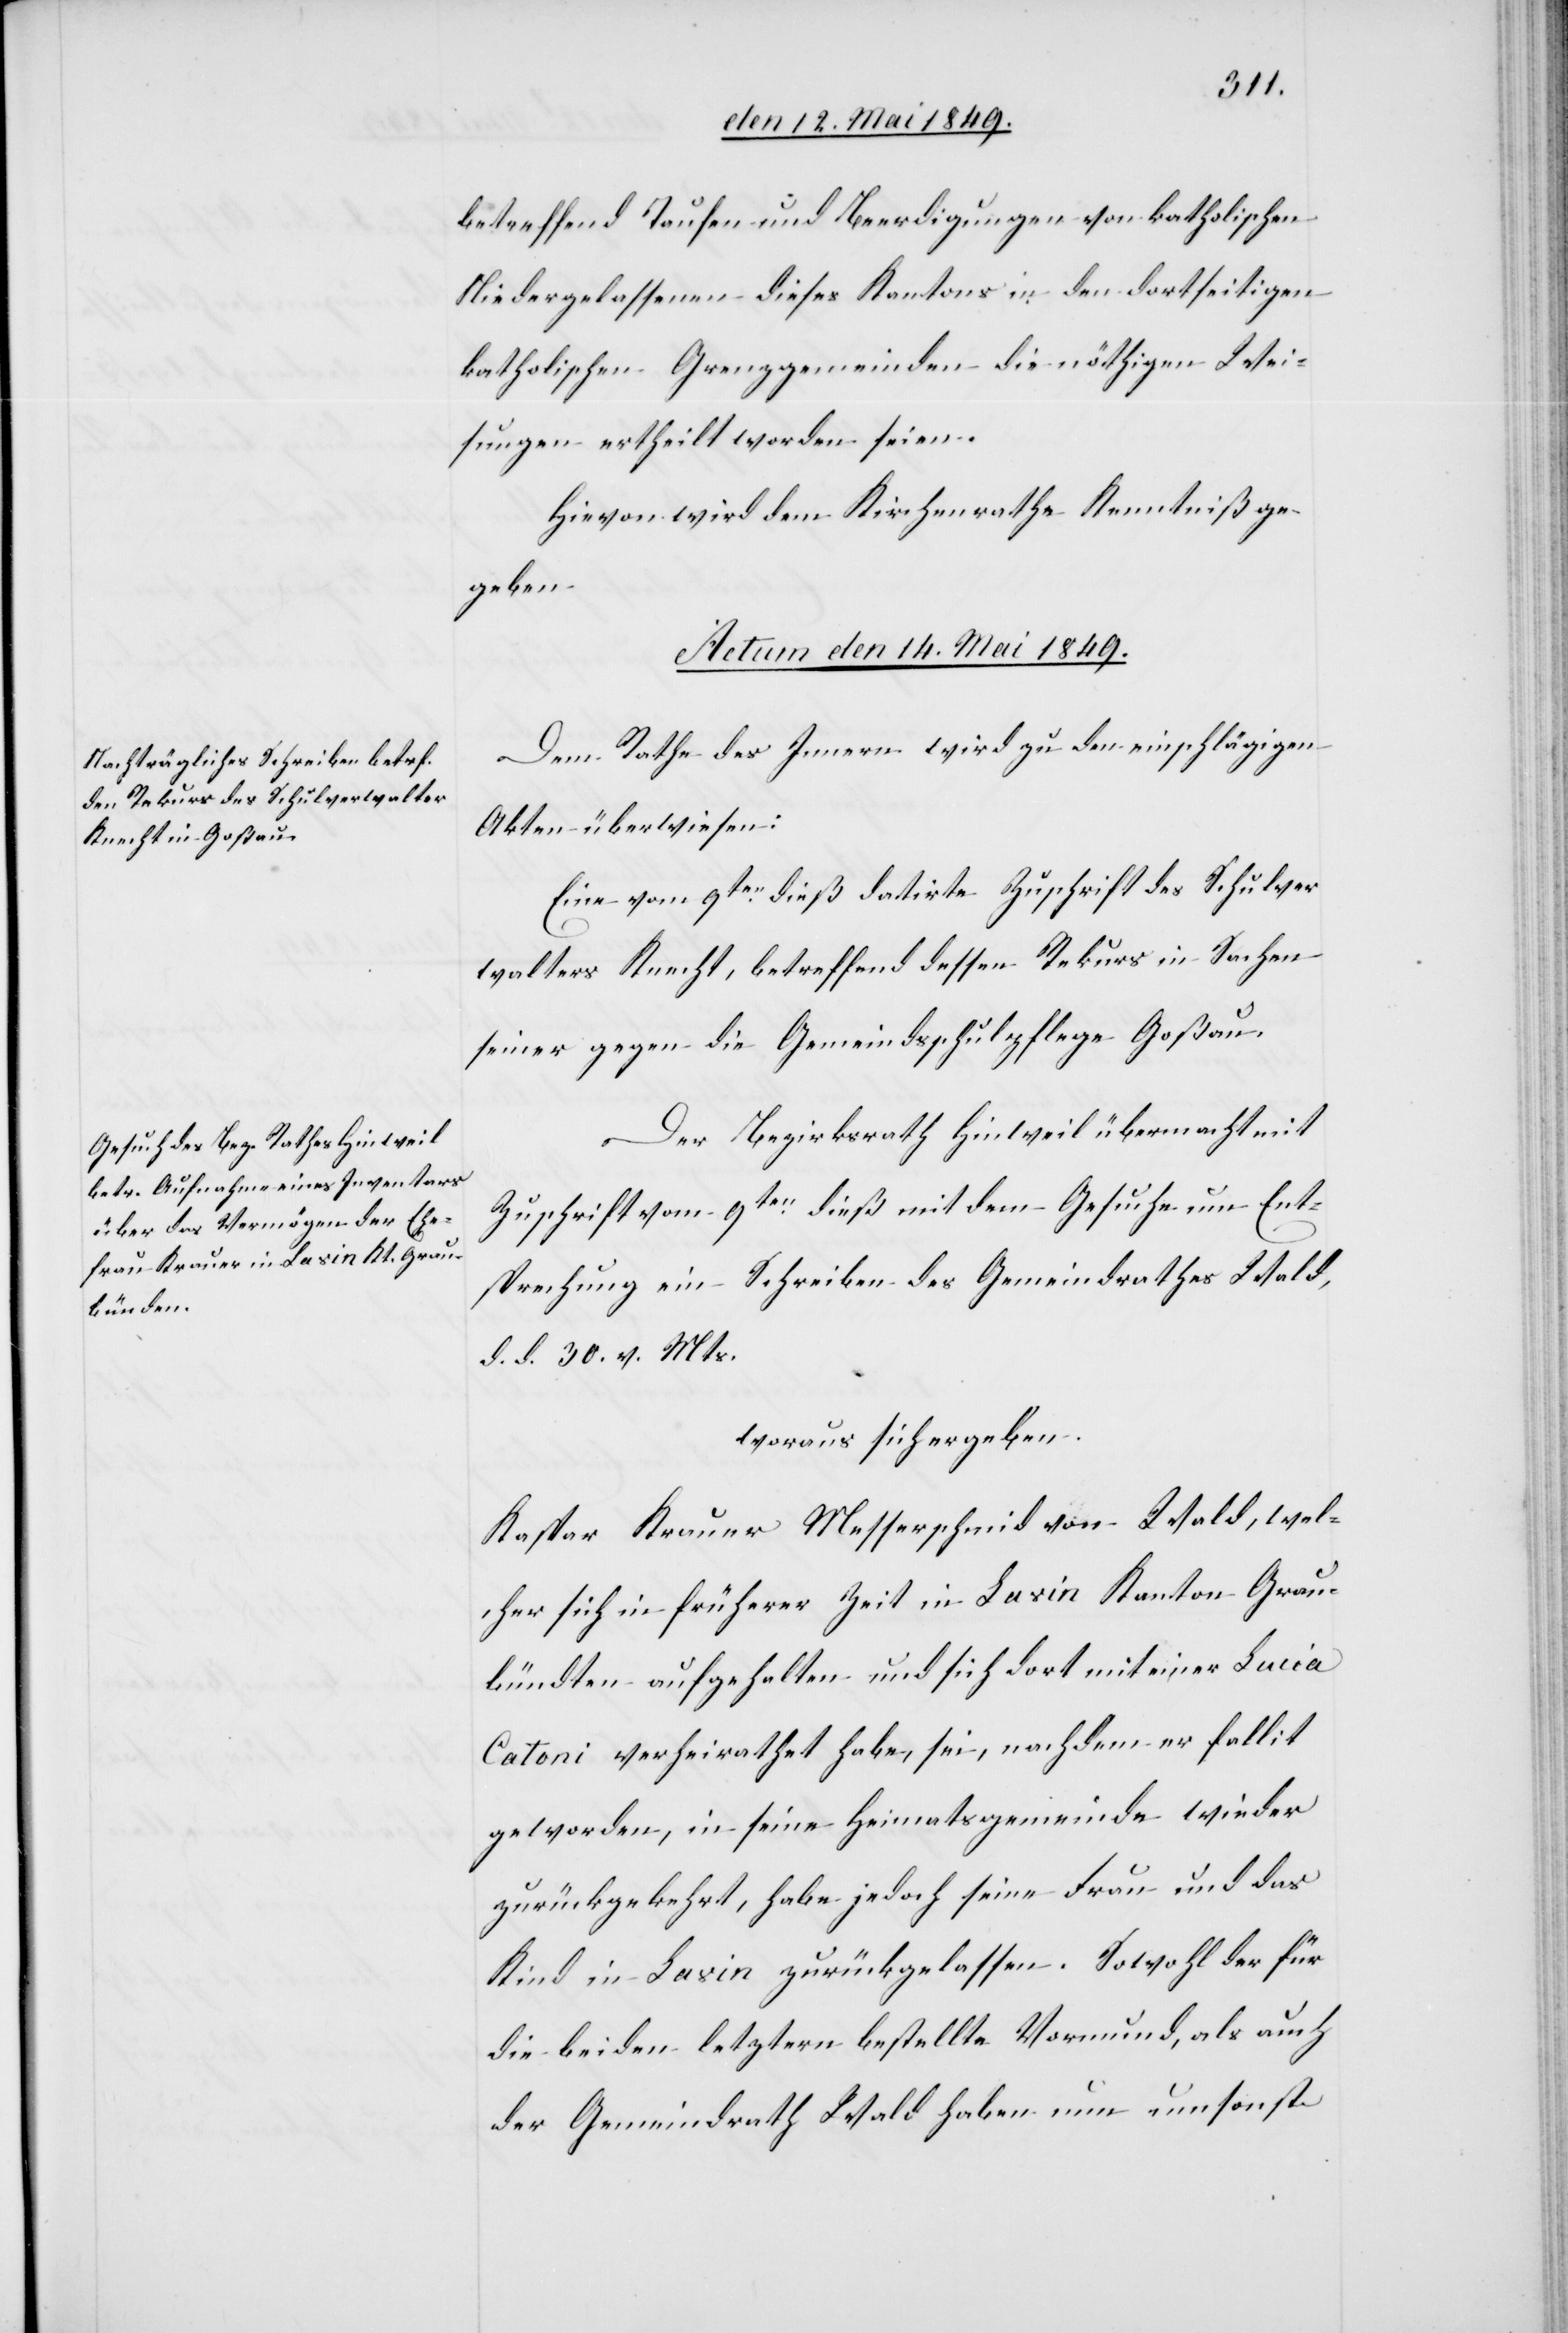
betreffend Taufen und Beerdigungen von katholischen
Niedergelassenen dieses Kantons in den dortseitigen
katholischen Grenzgemeinden die nöthigen Wei¬
sungen ertheilt worden seien.
Hievon wird dem Kirchenrathe Kenntniß ge¬
geben.
Actum den 14. Mai 1849.]
Dem Rathe des Innern wird zu den einschlägigen
Akten überwiesen:
Eine vom 9ten dieß datirte Zuschrift des Schulver¬
walters Knecht, betreffend dessen Rekurs in Sachen
seiner gegen die Gemeindsschulpflege Goßau.
Der Bezirksrath Hinweil übermacht mit
Zuschrift vom 9ten dieß mit dem Gesuche um Ent¬
sprechung ein Schreiben des Gemeindrathes Wald,
d. d. 30. v. Mts.
woraus sich ergeben.
Kaspar Krauer Messerschmid von Wald, wel¬
cher sich in früherer Zeit in Lavin Kanton Grau¬
bündten aufgehalten und sich dort mit einer Lucia
Catoni verheirathet habe, sei, nachdem er fallit
geworden, in seine Heimatsgemeinde wieder
zurückgekehrt, habe jedoch seine Frau und das
Kind in Lavin zurückgelassen. Sowohl der für
die beiden letztern bestellte Vormund, als auch
der Gemeindrath Wald haben nun umsonst